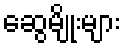
ဆွေမျိုးများ